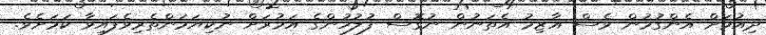
ދިއުމަށް އެންގުމުން ވެސް އާޒިމު އެތަނުން ނުގޮސް ފުލުހުންގެ އަމުރަށް ނުކިޔަމަންތެރިވެފައިވާ ކަމަށެވެ.